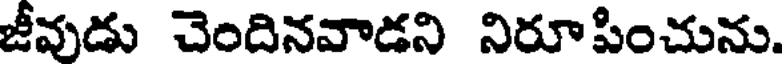
జీవుడు చెందినవాడని నిరూపించును.